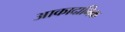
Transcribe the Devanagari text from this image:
आकादामिक